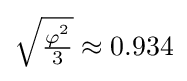
{\sqrt {\tfrac {\varphi ^{2}}{3}}}\approx 0.934